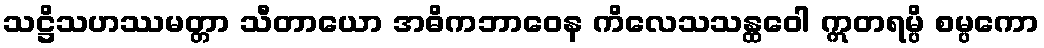
သဋ္ဌိသဟဿမတ္တာ သီတာယော အဓိကဘာဝေန ကိလေသသန္ထဝေါ ဣတရမ္ပိ စမ္ပကော